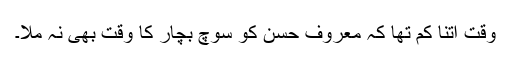
وقت اتنا کم تھا کہ معروف حسن کو سوچ بچار کا وقت بھی نہ ملا۔